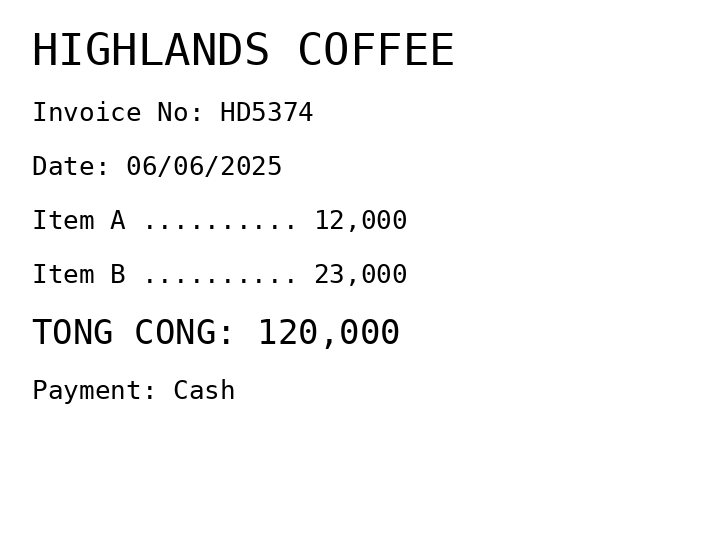
HIGHLANDS COFFEE
Invoice No: HD5374
Date: 06/06/2025
Item A .......... 12,000
Item B .......... 23,000
TONG CONG: 120,000
Payment: Cash
Merchant: highlands coffee
Date: 2025-06-06
Total: 120000
Invoice No: HD5374
Payment method: CASH